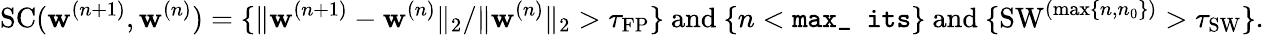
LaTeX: \mathrm{SC}(\mathbf{w}^{(n+1)},\mathbf{w}^{(n)})=\{ \| \mathbf{w}^{(n+1)}-\mathbf{w}^{(n)}\| _{2}/\| \mathbf{w}^{(n)}\| _{2}>\tau_{\mathrm{FP}}\} \ \mathrm{and}\ \{ n<\texttt{max\_ its}\} \ \mathrm{and}\ \{ \mathrm{SW}^{(\operatorname*{max}\{ n,n_{0}\} )}>\tau_{\mathrm{SW}}\} .